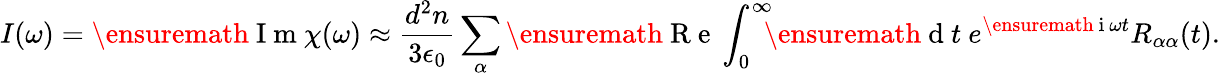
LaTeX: I(\omega)=\ensuremath{\mathrm{~I~m~}}\chi(\omega)\approx\frac{d^{2}n}{3\epsilon_{0}}\sum_{\alpha}\ensuremath{\mathrm{~R~e~}}\int_{0}^{\infty}\! \! \! \ensuremath{\mathrm{~d~}}t\ e^{\ensuremath{\mathrm{~i~}}\omega t}R_{\alpha\alpha}(t).